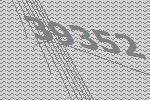
39352